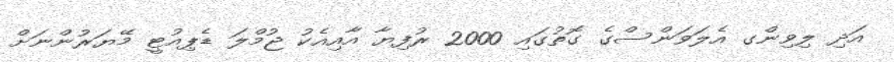
އަދި ލިވިންގ އެލަވަންސްގެ ގޮތުގައި 2000 ރުފިޔާ އާއިއެކު ޖުމްލަ ޑެޕިއުޓީ މޭޔަރުންނަށް